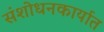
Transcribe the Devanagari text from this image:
संशोधनकार्यात